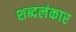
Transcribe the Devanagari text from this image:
शब्दलंकार